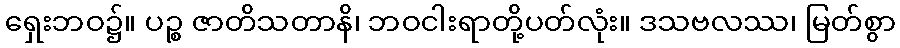
ရှေးဘဝ၌။ ပဉ္စ ဇာတိသတာနိ၊ ဘဝငါးရာတို့ပတ်လုံး။ ဒသဗလဿ၊ မြတ်စွာ